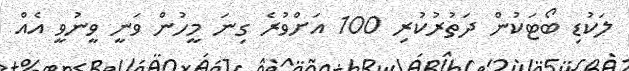
ލަކުޑި ބޯޓަކުން ދަތުރުކުރި 100 އަށްވުރެ ގިނަ މީހުން ވަނީ ވީނުވީ އެއް